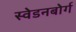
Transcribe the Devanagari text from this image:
स्वेडनबोर्ग